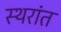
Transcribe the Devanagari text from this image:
स्थरांत